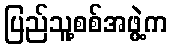
ပြည်သူ့စစ်အဖွဲ့က